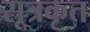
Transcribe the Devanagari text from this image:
सूत्रकृत